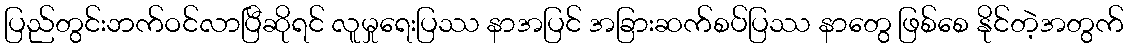
ပြည်တွင်းဘက်ဝင်လာပြီဆိုရင် လူမှုရေးပြဿ နာအပြင် အခြားဆက်စပ်ပြဿ နာတွေ ဖြစ်စေ နိုင်တဲ့အတွက်